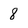
Character: 8